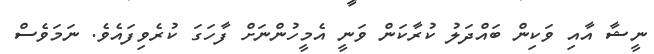
ނީޝާ އާއި ވަކިން ބައްދަލު ކުރާކަން ވަނީ އެމީހުންނަށް ފާހަގަ ކުރެވިފައެވެ. ނަމަވެސް